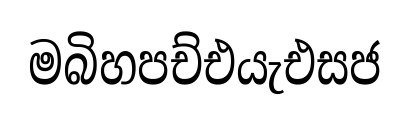
මබිහපච්එයැඑසජ